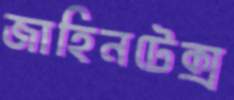
জাহিনটেক্স